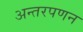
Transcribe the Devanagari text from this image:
अन्तरपणन